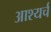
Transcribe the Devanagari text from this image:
आश्यर्च